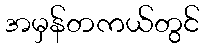
အမှန်တကယ်တွင်